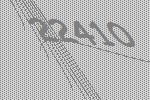
22410